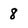
Character: 8